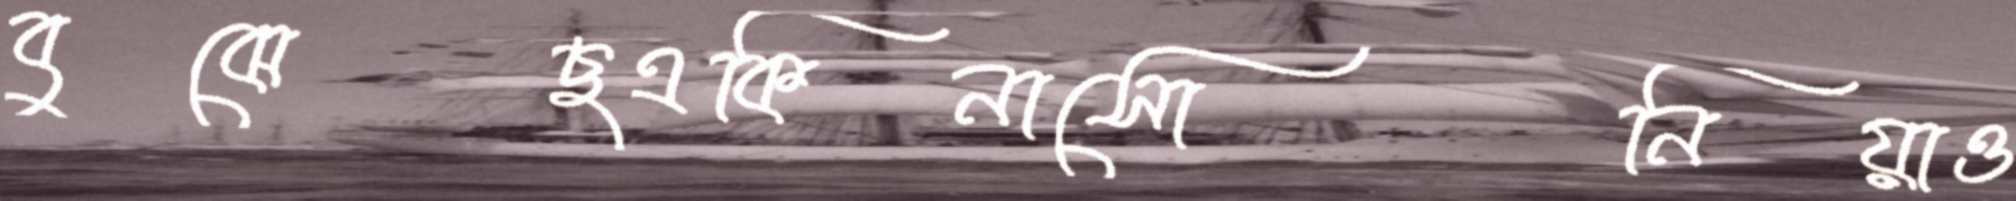
বুঝেছএকিনাসোনিয়াও